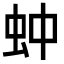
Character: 蚛